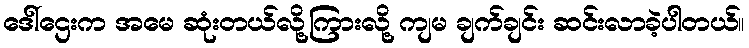
ဒေါ်ဌေးက အမေ ဆုံးတယ်လို့ကြားလို့ ကျမ ချက်ချင်း ဆင်းလာခဲ့ပါတယ်။